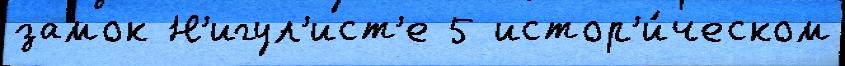
замок Н'игул'ист'е 5 истор'и́ческом